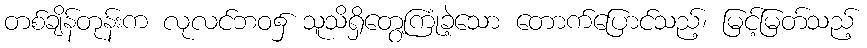
တစ်ချိန်တုန်းက လုလင်ဘဝ၌ သူသိရှိတွေ့ကြုံခဲ့သော တောက်ပြောင်သည့်၊ မြင့်မြတ်သည့်